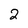
Character: 2